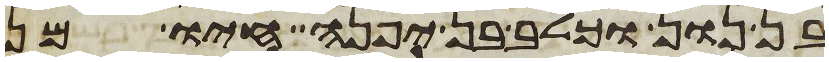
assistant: בן נון וכלב בן יפנה חיו מן